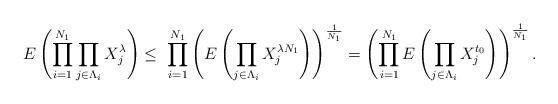
LaTeX: \begin{align*}E\left(\prod_{i=1}^{N_1} \prod_{j \in \Lambda_i}X_j^\lambda\right)\leq \ \prod_{i=1}^{N_1} \left(E\left(\prod_{j \in \Lambda_i}X_j^{\lambda N_1}\right)\right)^{\frac{1}{N_1}}= \left(\prod_{i=1}^{N_1} E\left(\prod_{j \in \Lambda_i}X_j^{t_0}\right)\right)^{\frac{1}{N_1}}.\end{align*}